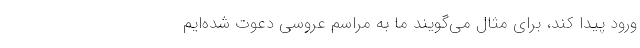
ورود پیدا کند، برای مثال می‌گویند ما به مراسم عروسی دعوت شده‌ایم